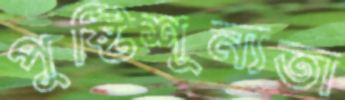
পুষ্টিশূন্যতা